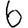
Digit: 6